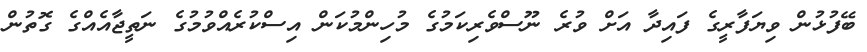
ބޭފުޅުން ވިޔަފާރީގެ ފައިދާ އަށް ވުރެ ނޫސްވެރިކަމުގެ މުހިންމުކަން އިސްކުރެއްވުމުގެ ނަތީޖާއެއްގެ ގޮތުން